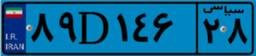
۴۵D۲۳۰۲۳